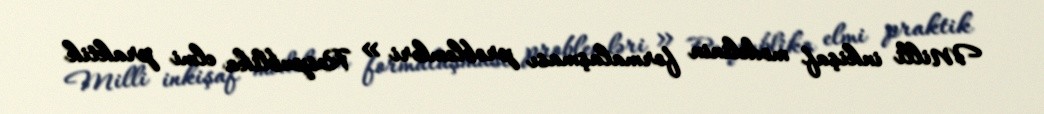
Milli inkişaf modelinin formalaşması problemləri » Respublika elmi praktik